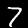
Label: 7